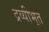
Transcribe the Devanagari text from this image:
द्रव्यीभूत